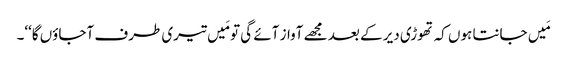
مَیں جانتا ہوں کہ تھوڑی دیر کے بعد مجھے آواز آئے گی تو مَیں تیری طرف آجاؤں گا‘‘۔